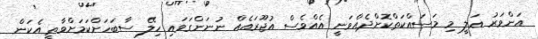
އަންވަރު ޢަލީ މި މަސައްކަތްކޮށްދެއްވަނީ އެއްވެސް އުޖޫރައެއް ނުނަންގަވައި ހިލޭ ސާބަހަށްކަމަށްވާތީ އެކަން